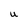
Character: U